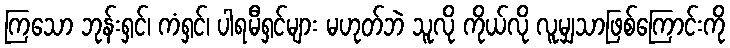
ကြသော ဘုန်းရှင်၊ ကံရှင်၊ ပါရမီရှင်များ မဟုတ်ဘဲ သူလို ကိုယ်လို လူမျှသာဖြစ်ကြောင်းကို